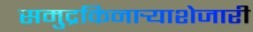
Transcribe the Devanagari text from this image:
समुद्रकिनार्‍याशेजारी